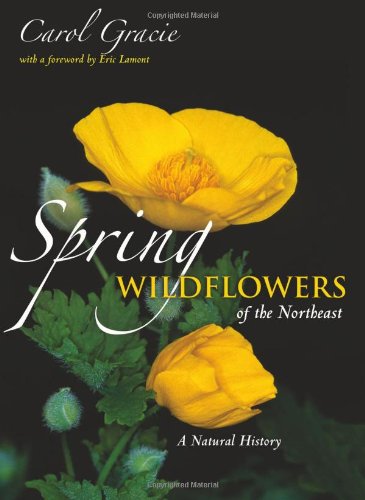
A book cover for Spring Wildflowers of the Northeast: A Natural History; Carol Gracie; Crafts, Hobbies & Home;